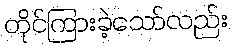
တိုင်ကြားခဲ့သော်လည်း